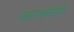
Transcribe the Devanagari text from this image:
नारायणनी